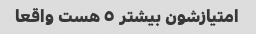
امتیازشون بیشتر ٥ هست واقعا